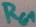
Text: RG1